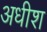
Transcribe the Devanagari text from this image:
अधीश